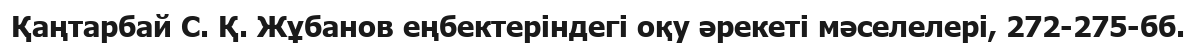
Қаңтарбай С. Қ. Жұбанов еңбектеріндегі оқу әрекеті мәселелері, 272-275-бб.